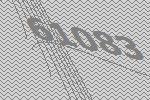
61083